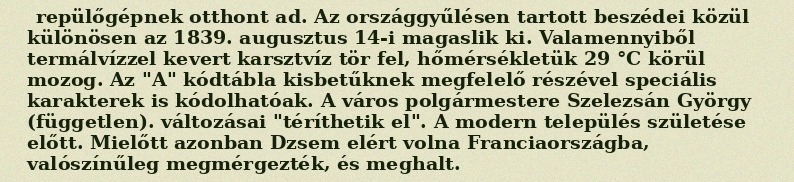
repülőgépnek otthont ad. Az országgyűlésen tartott beszédei közül különösen az 1839. augusztus 14-i magaslik ki. Valamennyiből termálvízzel kevert karsztvíz tör fel, hőmérsékletük 29 °C körül mozog. Az "A" kódtábla kisbetűknek megfelelő részével speciális karakterek is kódolhatóak. A város polgármestere Szelezsán György (független). változásai "téríthetik el". A modern település születése előtt. Mielőtt azonban Dzsem elért volna Franciaországba, valószínűleg megmérgezték, és meghalt.